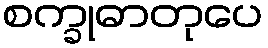
စက္ခုဓာတုပေ